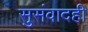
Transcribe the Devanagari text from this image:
सुसंवादही